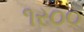
૧ર૦૦